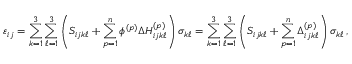
\varepsilon _ { i j } = \sum _ { k = 1 } ^ { 3 } \sum _ { \ell = 1 } ^ { 3 } \left( S _ { i j k \ell } + \sum _ { p = 1 } ^ { n } \phi ^ { ( p ) } \Delta H _ { i j k \ell } ^ { ( p ) } \right) \sigma _ { k \ell } = \sum _ { k = 1 } ^ { 3 } \sum _ { \ell = 1 } ^ { 3 } \left( S _ { i j k \ell } + \sum _ { p = 1 } ^ { n } \Delta _ { i j k \ell } ^ { ( p ) } \right) \sigma _ { k \ell } \, ,